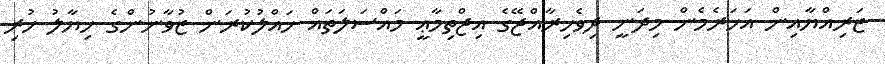
ޒަރިއްޔާއިން އަހަރެމެން މިދަނީ ދިވެހިރާއްޖޭގެ އިޖްތިމާޢީ މައްސަލަތައް ހައްލުކުރަން ޒުވާނުންގެ ޚިޔާލު ހުރި